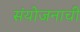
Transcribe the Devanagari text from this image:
संयोजनाची